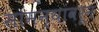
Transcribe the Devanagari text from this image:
सामन्यांवरून